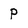
Character: p